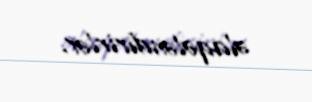
əlaqələndirirlər.